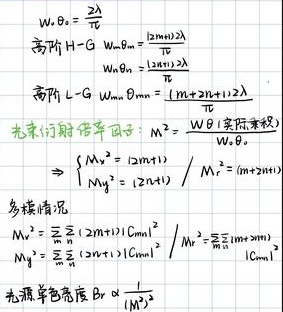
\[
\begin{align*}
W_{0}\theta_{0}&=\frac{2\lambda}{\pi}\\
\text{高阶}H - G\ W_{m,n}&=\frac{|2m + 2n|\lambda}{\pi}\\
W_{m,n}\theta_{m,n}&=\frac{|2m + 2n|\lambda}{\pi}\\
\text{高阶}L - G\ W_{m,n}&=\frac{|m + 2n+1|\lambda}{\pi}\\
\text{光束衍射倍率因子}:M^{2}&=\frac{W\theta(\text{实际光束})}{W_{0}\theta_{0}}\\
\Rightarrow&\begin{cases}M_{x}^{2}=|2m + 1|\\M_{y}^{2}=|2n + 1|\end{cases}/M_{r}^{2}=|m + 2n+1|\\
\text{多模情况}\\
M_{x}^{2}&=\sum_{m=0}^{\infty}\sum_{n=0}^{\infty}(2m + 1)|C_{mn}|^{2}\\
M_{y}^{2}&=\sum_{m=0}^{\infty}\sum_{n=0}^{\infty}(2n + 1)|C_{mn}|^{2}\\
M_{r}^{2}&=\sum_{m=0}^{\infty}\sum_{n=0}^{\infty}(|m + 2n+1|)|C_{mn}|^{2}\\
\text{光束单色亮度}B_{r}&\propto\frac{1}{M^{2}}
\end{align*}
\]